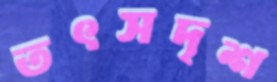
তৎসদৃশ